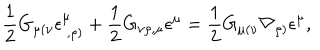
LaTeX: \frac { 1 } { 2 } G _ { \mu ( \nu } \epsilon _ { ~ , \rho ) } ^ { \mu } + \frac { 1 } { 2 } G _ { \nu \rho , \mu } \epsilon ^ { \mu } = \frac { 1 } { 2 } G _ { \mu ( \nu } \nabla _ { \rho ) } \epsilon ^ { \mu } ,